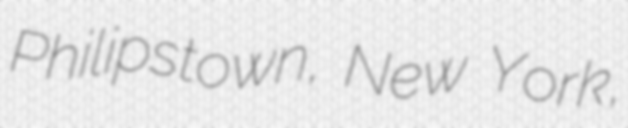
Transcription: Philipstown, New York,